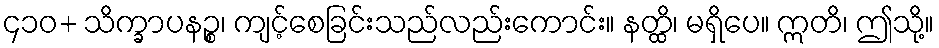
၄၁၀+ သိက္ခာပနဉ္စ၊ ကျင့်စေခြင်းသည်လည်းကောင်း။ နတ္ထိ၊ မရှိပေ။ ဣတိ၊ ဤသို့။